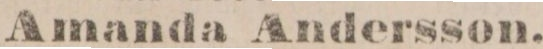
Amanda Andersson.